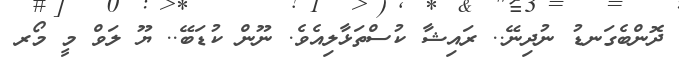
ދޮންބެގަނޑު ނުދިނޭ.. ރައިޝާ ކުސްތަޅާލިއެވެ. ނޫން ކުޑަބޭ.. ޔޫ ލަވް މީ މޯރ